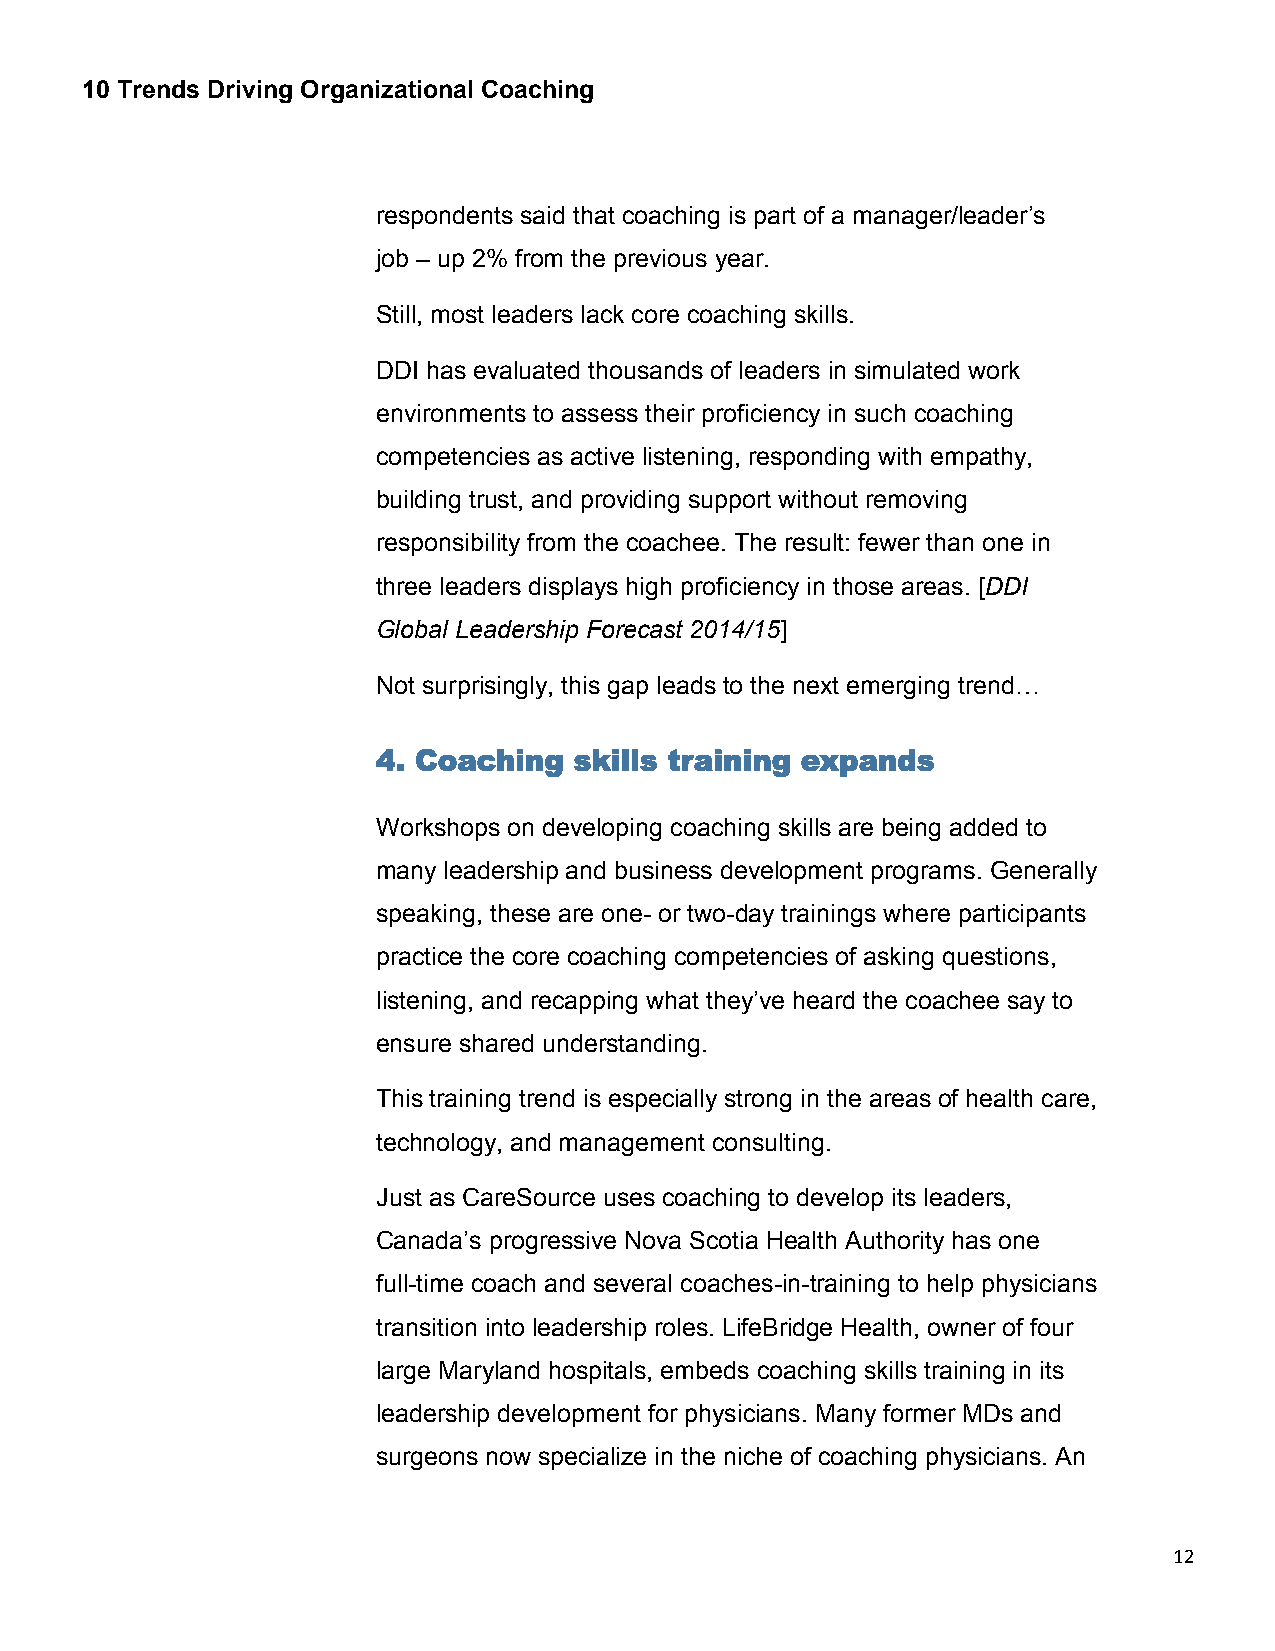
10 Trends Driving Organizational Coaching
 respondents said that coaching is part of a manager/leader’s
 job – up 2% from the previous year.
 Still, most leaders lack core coaching skills.
 DDI has evaluated thousands of leaders in simulated work
 environments to assess their proficiency in such coaching
 competencies as active listening, responding with empathy,
 building trust, and providing support without removing
 responsibility from the coachee. The result: fewer than one in
 three leaders displays high proficiency in those areas. [DDI
 Global Leadership Forecast 2014/15]
 Not surprisingly, this gap leads to the next emerging trend…
 4. Coaching  skills training expands
 Workshops on developing coaching skills are being added to
 many leadership and business development programs. Generally
 speaking, these are one- or two-day trainings where participants
 practice the core coaching competencies of asking questions,
 listening, and recapping what they’ve heard the coachee say to
 ensure shared understanding.
 This training trend is especially strong in the areas of health care,
 technology, and management consulting.
 Just as CareSource uses coaching to develop its leaders,
 Canada’s progressive Nova Scotia Health Authority has one
 full-time coach and several coaches-in-training to help physicians
 transition into leadership roles. LifeBridge Health, owner of four
 large Maryland hospitals, embeds coaching skills training in its
 leadership development for physicians. Many former MDs and
 surgeons now specialize in the niche of coaching physicians. An
 12